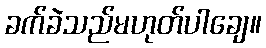
ခက်ခဲသည်မဟုတ်ပါချေ။